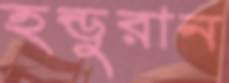
হন্ডুরান